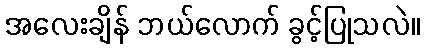
အလေးချိန် ဘယ်လောက် ခွင့်ပြုသလဲ။